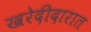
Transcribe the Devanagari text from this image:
खरेदीदारात